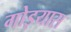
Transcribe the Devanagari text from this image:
गोइयास